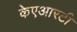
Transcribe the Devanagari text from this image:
केएआरटी